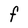
Character: F